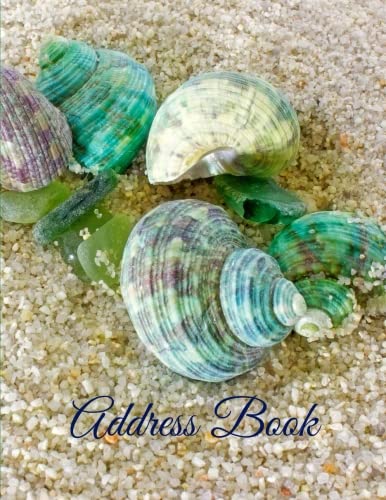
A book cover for Address Book (Jumbo Address Books (Nature Collection) ) (Volume 10); Creative Planners; Business & Money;